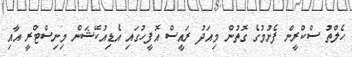
ހެލްތު ސްކްރީން ފެށުމުގެ ގޮތުން މިއަދު ރައީސް އޮފީހުގައި އެޑިއުކޭޝަން މިނިސްޓްރީ އާއި